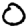
Digit: 0